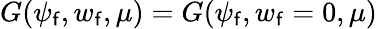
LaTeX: G(\psi_{\mathsf{f}},w_{\mathsf{f}},\mu)=G(\psi_{\mathsf{f}},w_{\mathsf{f}}=0,\mu)